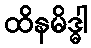
ထိနမိဒ္ဓါ